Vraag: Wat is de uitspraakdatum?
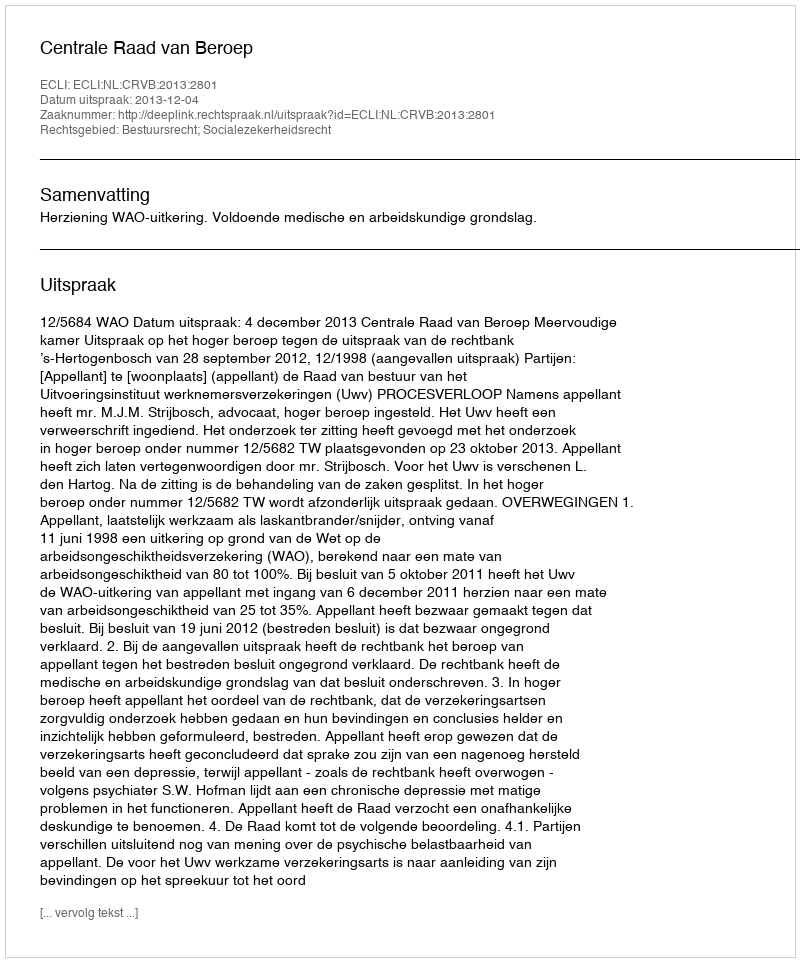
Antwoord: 2013-12-04